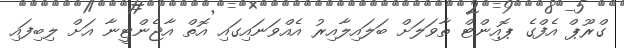
ގްރޫޕް އެފްގެ ޕޮއިންޓް ތާވަލަށް ބަލައިލާއިރު އެއްވަނައިގައި އޮތް އާޖެންޓީނާ އަށް ލިބިފައި